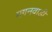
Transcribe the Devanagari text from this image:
मगनवाडी